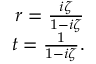
\begin{array} { r } { r = \frac { i \zeta } { 1 - i \zeta } } \\ { t = \frac { 1 } { 1 - i \zeta } . } \end{array}